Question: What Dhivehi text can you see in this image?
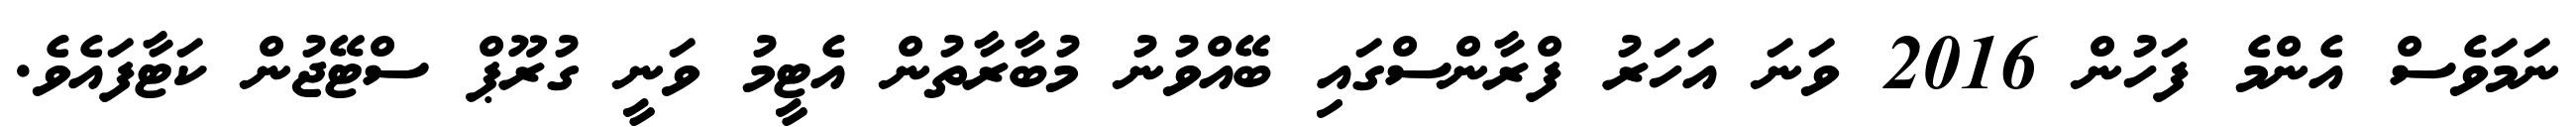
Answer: ނަމަވެސް އެންމެ ފަހުން 2016 ވަނަ އަހަރު ފްރާންސްގައި ބޭއްވުނު މުބާރާތުން އެޓީމު ވަނީ ގުރޫޕް ސްޓޭޖުން ކަޓާފައެވެ.